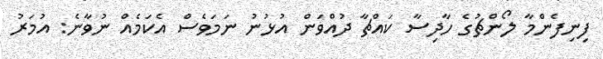
ފިނިފެންމާ ލޯންޗުގެ ހާދިސާ ކައްޗާ ދުއްވަން އުޅުނު ނަމަވެސް އެކަމެއް ނުވާނެ: އުމަރު